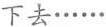
下去······